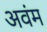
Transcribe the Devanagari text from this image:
अवंम